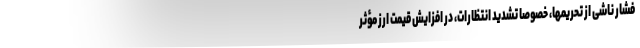
فشار ناشی از تحریمها، خصوصاً تشدید انتظارات، در افزایش قیمت ارز مؤثر